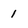
Character: 1